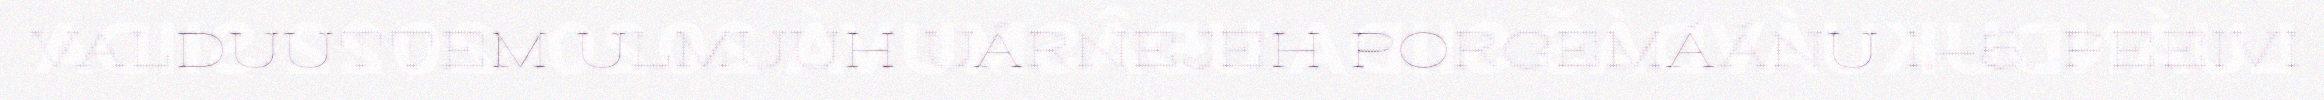
VALDUUTTEM ULMUUH UÁRNEJEH PORGEMÁÁNU 1.–5. PEEIVI